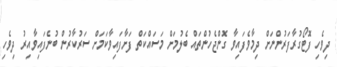
ދިވެހި ފޮޓޯގުރާފަރުންނަށް ދިމާވެފައިވާ ގޮންޖެހުންތައް ބެލުމަށް މަސައްކަތް ފަށާފައިވާކަމަށް ސަރުކާރުން ބުނެފައިވާއިރު ދިވެހި